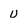
Character: u